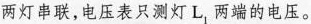
两灯串联，电压表只测灯L，两端的电压。